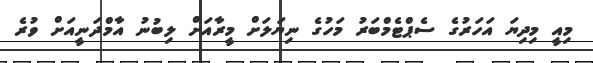
މިއީ މިދިޔަ އަހަރުގެ ސެޕްޓެމްބަރު މަހުގެ ނިޔަލަށް މީރާއަށް ލިބުނު އާމްދަނީއަށް ވުރެ